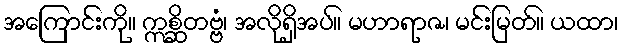
အကြောင်းကို။ ဣစ္ဆိတဗ္ဗံ၊ အလိုရှိအပ်။ မဟာရာဇ၊ မင်းမြတ်။ ယထာ၊